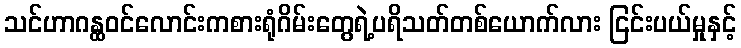
သင်ဟာဂန္ထဝင်လောင်းကစားရုံဂိမ်းတွေရဲ့ပရိသတ်တစ်ယောက်လား ငြင်းပယ်မှုနှင့်